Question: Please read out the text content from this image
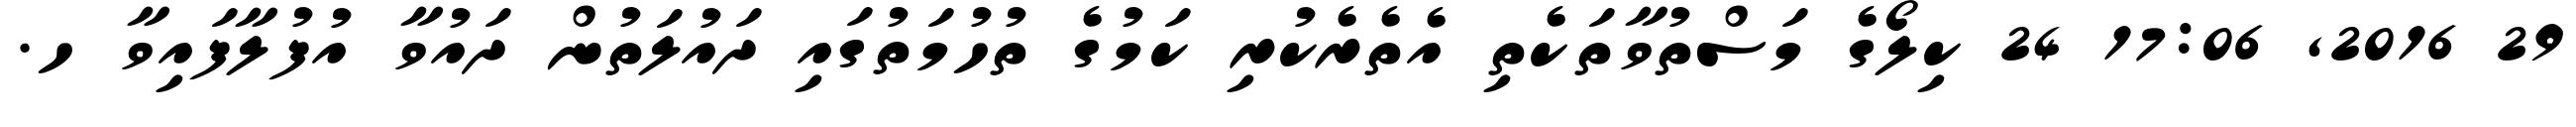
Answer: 29 2016, 17:06 24 ކިލޯގެ މަސްތުވާތަކެތި އެތެރެކުރި ކަމުގެ ތުހުމަތުގައި ދައުލަތުން ދައުވާ އުފުލާފައިވާ ހ.